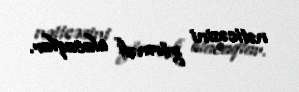
nəticəsini görməli olacaqlar.